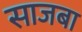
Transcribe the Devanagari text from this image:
साजबा